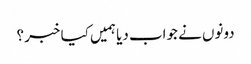
دونوں نے جواب دیا ہمیں کیا خبر ؟